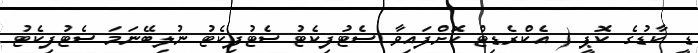
ޑީ ކާޑުގެ ކޮޕީ ( އެކްރެޑިޓް ކޮށްފައިވާ ސެޓުފިކެޓު ސެޓުފިކެޓު ނުލިބޭނަމަ ސެޓުފިކެޓު